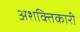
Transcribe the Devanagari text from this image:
अशक्तिकारी